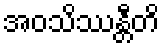
အဝသိဿန္တီတိ